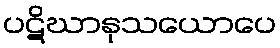
ပဋိဃာနုသယောပေ